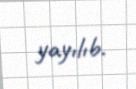
yayılıb.